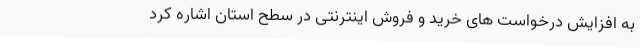
به افزایش درخواست های خرید و فروش اینترنتی در سطح استان اشاره کرد